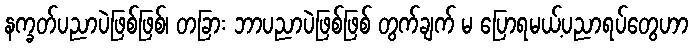
နက္ခတ်ပညာပဲဖြစ်ဖြစ်၊ တခြား ဘာပညာပဲဖြစ်ဖြစ် တွက်ချက် မ ပြောရမယ့်ပညာရပ်တွေဟာ